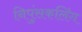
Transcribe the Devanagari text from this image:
निपुंसकलिंग